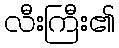
လီးကြီး၏